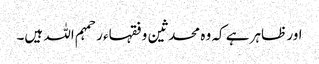
اور ظاہر ہے کہ وہ محدثین و فقہاء ر حمہم اللہ ہیں۔